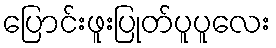
ပြောင်းဖူးပြုတ်ပူပူလေး